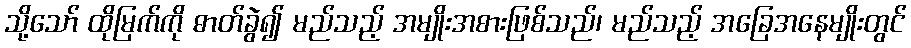
သို့သော် ထိုမြက်ကို ဓာတ်ခွဲ၍ မည်သည့် အမျိုးအစားဖြစ်သည်၊ မည်သည့် အခြေအနေမျိုးတွင်